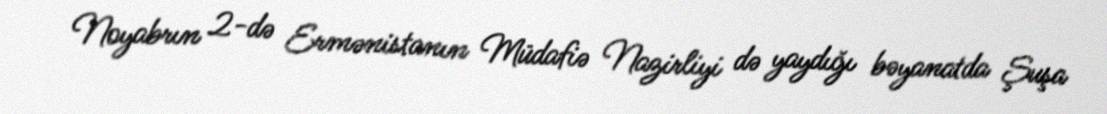
Noyabrın 2-də Ermənistanın Müdafiə Nazirliyi də yaydığı bəyanatda Şuşa